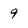
Character: 9